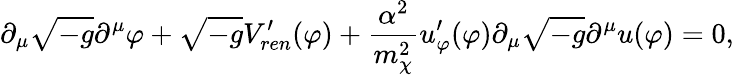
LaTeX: \partial_{\mu}\sqrt{-g}\partial^{\mu}\varphi+\sqrt{-g}V_{ren}^{\prime}(\varphi)+{\frac{\alpha^{2}}{m_{\chi}^{2}}}u_{\varphi}^{\prime}(\varphi)\partial_{\mu}\sqrt{-g}\partial^{\mu}u(\varphi)=0,